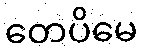
တေပိမေ